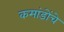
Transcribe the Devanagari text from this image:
कमांडोंचे